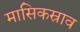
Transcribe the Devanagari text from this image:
मासिकस्राव